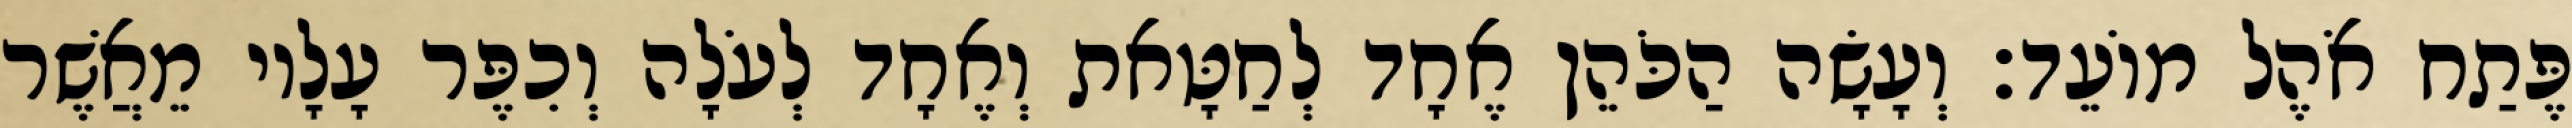
פֶּתַח אֹהֶל מוֹעֵד׃ וְעָשָׂה הַכֹּהֵן אֶחָד לְחַטָּאת וְאֶחָד לְעֹלָה וְכִפֶּר עָלָיו מֵאֲשֶׁר